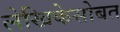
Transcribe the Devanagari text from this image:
लेखिकेसोबत